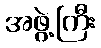
အဖွဲ့ကြီး